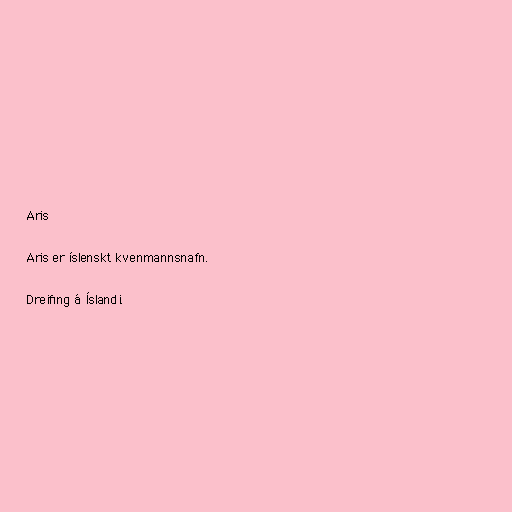
Aris

Aris er íslenskt kvenmannsnafn.

Dreifing á Íslandi.